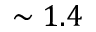
\sim 1 . 4